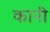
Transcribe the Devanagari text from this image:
कानीं